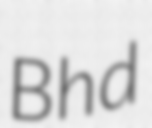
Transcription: Bhd